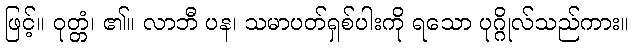
ဖြင့်။ ဝုတ္တံ၊ ၏။ လာဘီ ပန၊ သမာပတ်ရှစ်ပါးကို ရသော ပုဂ္ဂိုလ်သည်ကား။